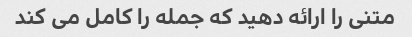
متنی را ارائه دهید که جمله را کامل می کند